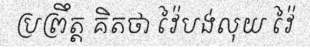
ប្រព្រឹត្ត គិតថា វ៉ៃបង់លុយ វ៉ៃ